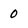
Character: 0